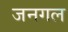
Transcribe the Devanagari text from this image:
जनगल